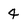
Character: 4